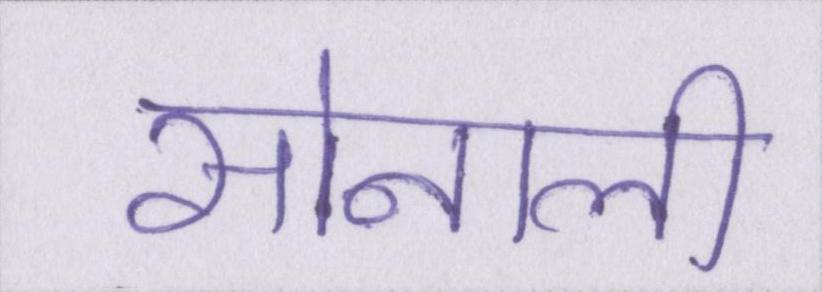
सोनाली